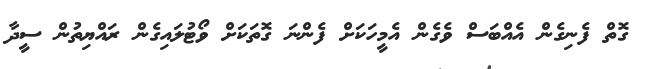
ގޮތް ފެނިގެން އެއްބަސް ވެގެން އެމީހަކަށް ފެންނަ ގޮތަކަށް ވޯޓުލައިގެން ރައްޔިތުން ސީދާ